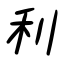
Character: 利